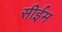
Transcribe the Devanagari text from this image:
सीईम